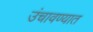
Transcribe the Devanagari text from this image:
उंचावण्यात